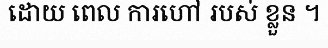
ដោយ ពេល ការហៅ របស់ ខ្លួន ។